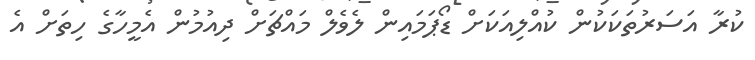
ކުރާ އަސަރުތަކަކުން ކުއްލިއަކަށް ޑޯޕަމައިން ލެވެލް މައްޗަށް ދިއުމުން އެމީހާގެ ހިތަށް އެ